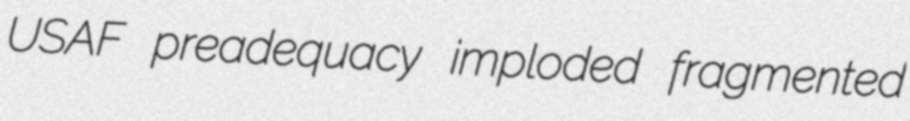
USAF preadequacy imploded fragmented